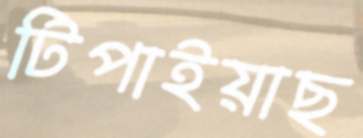
টিপাইয়াছ